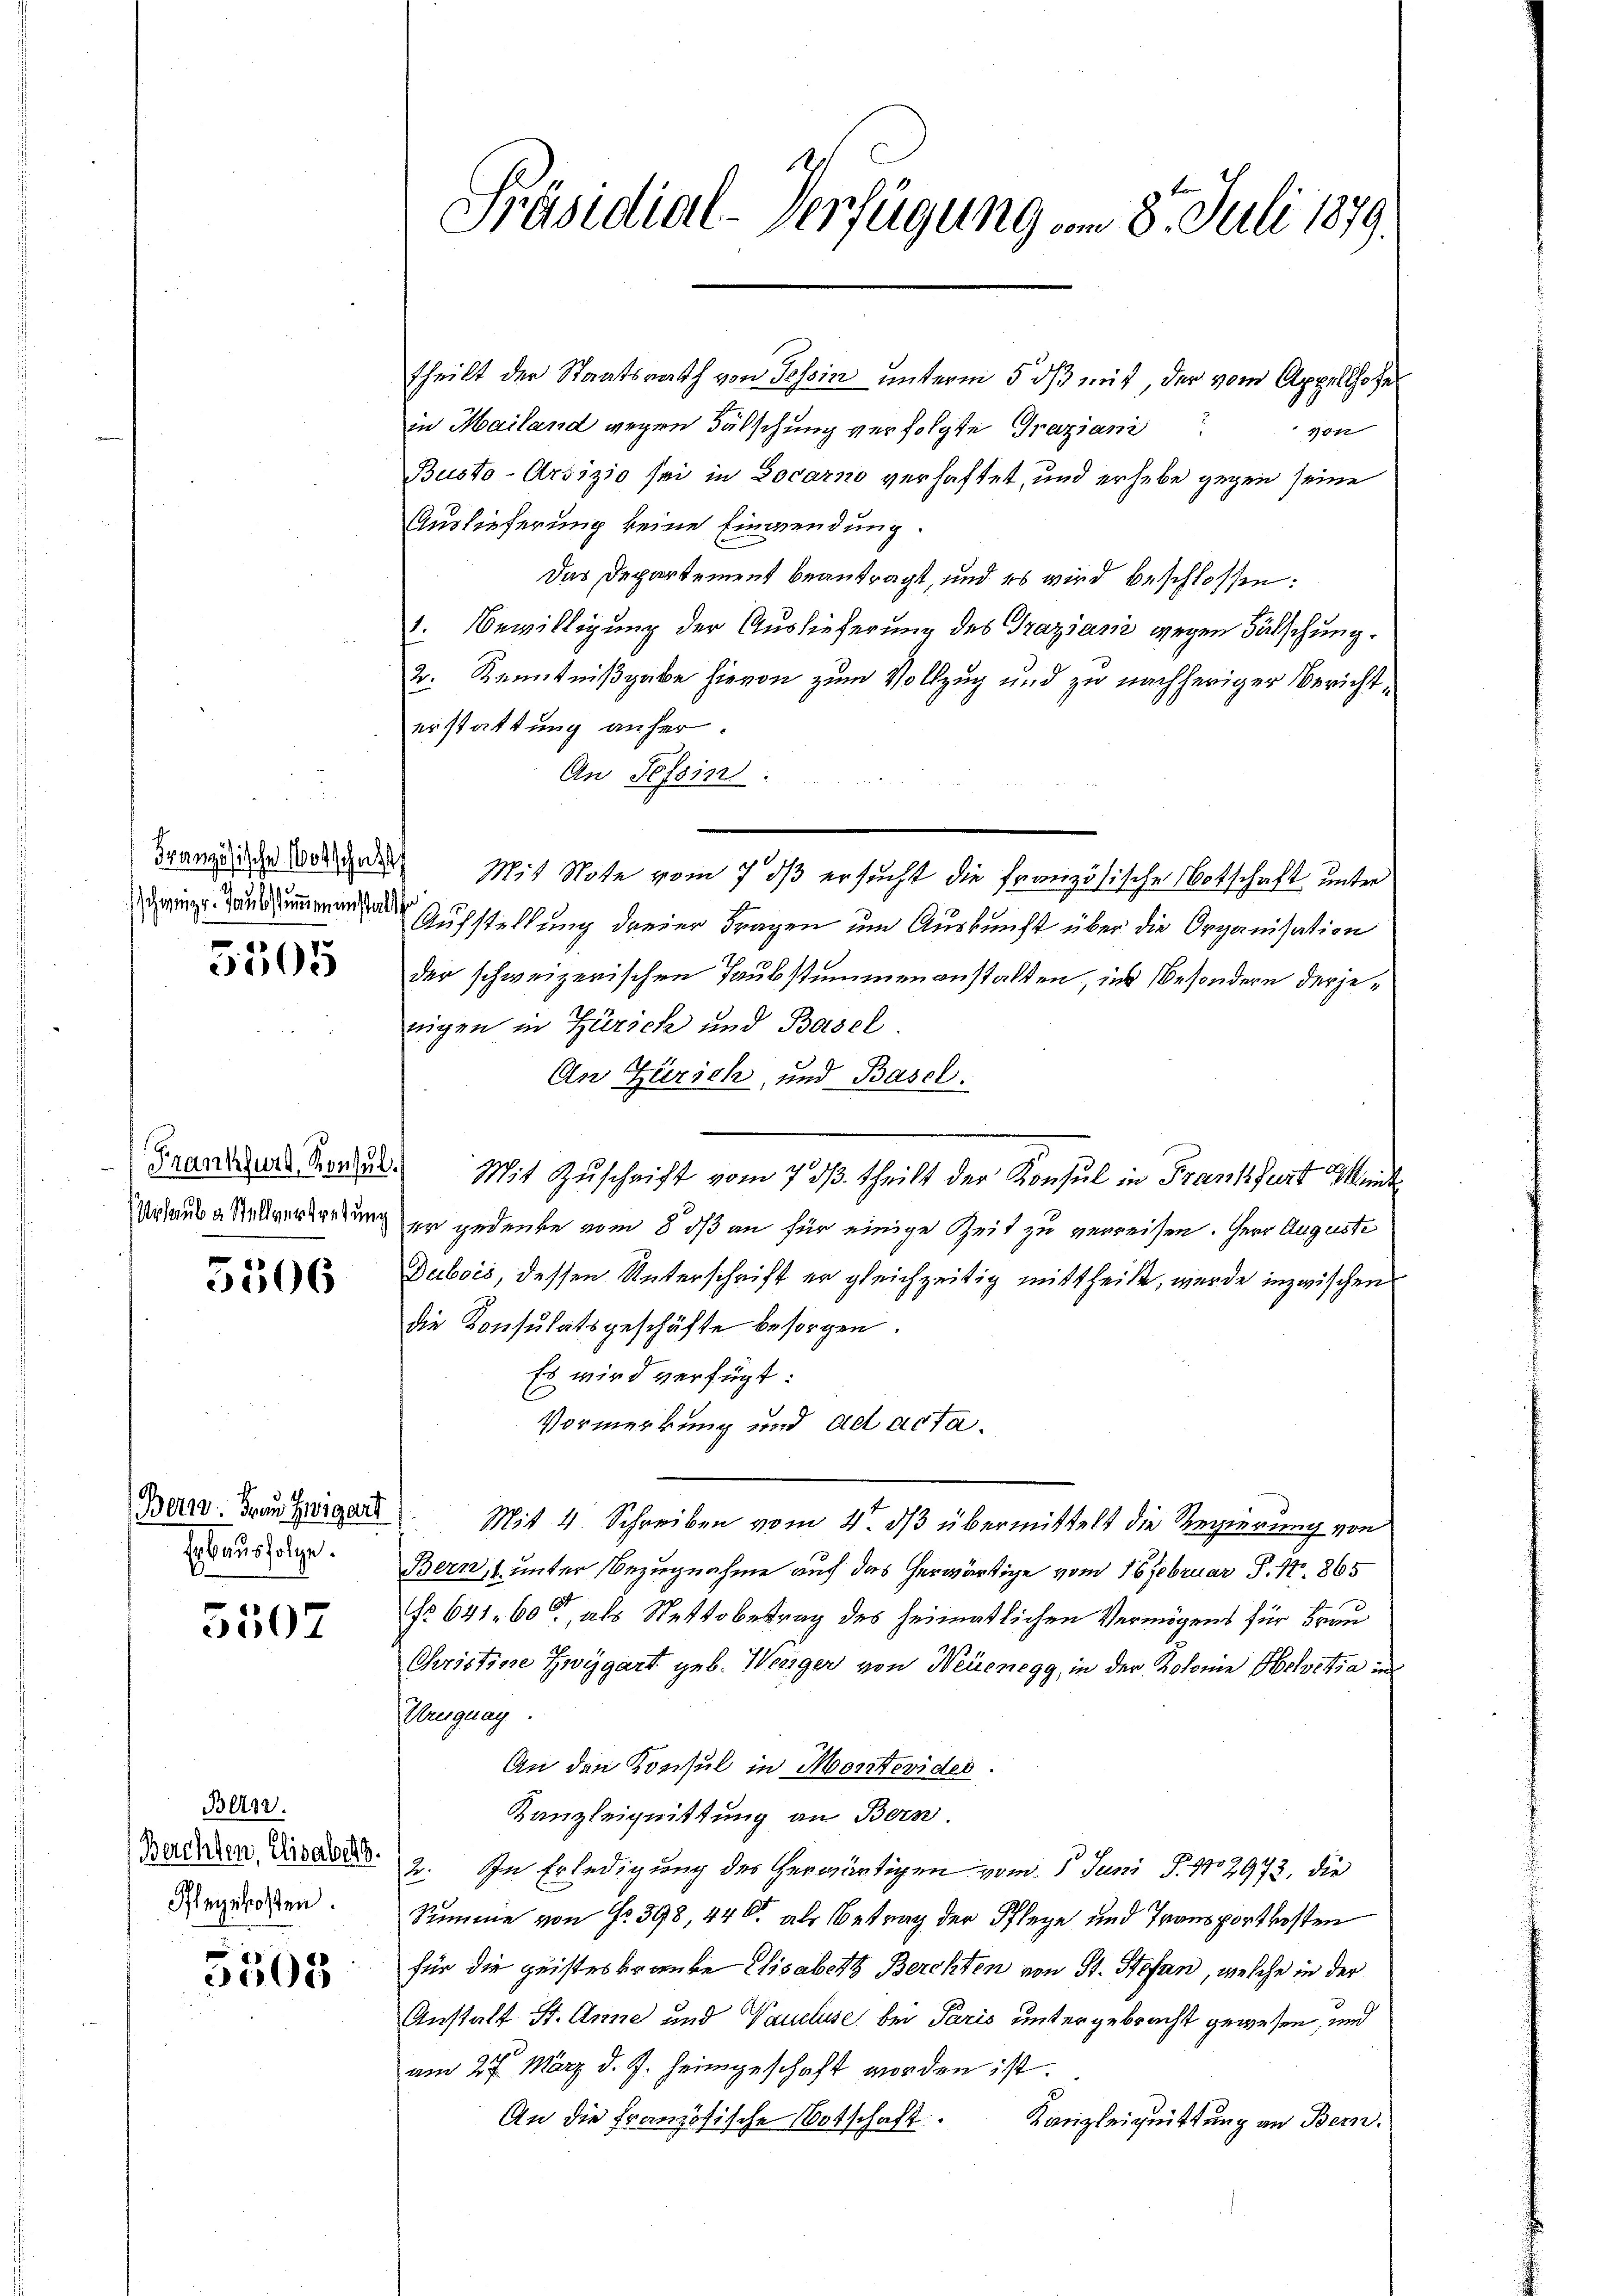
schweizer. Taubstummen anstalt

3505

Urlaub an Stellvertretung

5506

Bern. Frau Zwigart
Erbausfolge.

5507

Bern.
Berchten, Elisabeth
Pflegekosten.

5505

Präsidial-Verfügung am 8. Juli 1879.

theilt der Staatsrath von Tessin unterm 5. dβ mit, der vom Appellhofe
in Mailand wegen Fälschung verfolgte Graziani
10
Busto-Ursizio sei in Locarno verhaftet, und erhebe gegen seine
Auslieferung keine Einwendung.
Das Departement beantragt, und es wird beschlossen:
1. Bewilligung der Auslieferung des Grazsani wegen Fälschung.
2. Kenntnißgabe hievon zum Vollzug und zu nachheriger Berichterstattung anher.
An Tessin
Franz in der Mit Note vom 7. ds ersucht die französische Botschaft unter
Aufstellung dreier Fragen um Auskunft über die Organisation
der schweizerischen Taubstummenanstalten, ins Besondern derjenigen in Zürich und Basel.
An Zürich, und Basel.
Granizer Bern. Mit Zuschrift vom 7. dβ. theilt der Konsul in Frankfurt Mund
er gedenke vom 8 dß an für einige Zeit zu verreisen. Herr Auguste
Dubois, dessen Unterschrift er gleichzeitig mittheilt, wurde inzwischen
die Konsulatsgeschäfte besorgen.
Es wird verfügt:
Vormerkung und ad acta.
Mit 4. Schreiben vom 4. ds übermittelt die Regierung von
Bern, unter Bezugnahme auf das herwärtige vom 16 Februar P. Nr. 865
No 641. 60, als Nettobetrag des heimatlichen Vermögens für Frau
Christine Zwygart geb. Wenger von Neuenegg, in der Kolonie Helvetia in
Kruguag.
An den Konsul in Montevider.
Kanzleignittung an Bern.
2. In Erledigung des herwärtigen vom 5. Juni S. 112973, die
Summe von Fr. 398, 440 als Betrag der Pflege und Transportkosten
für die geisteskranke Visabeth Berchten von St. Stefan, welche in der
Anstalt St. Anne und Vaucluse bei Paris untergebracht gewesen, und
am 27. März d. J. heimgeschaft worden ist.
Kanzleiquittung an Bern.
An die französische Botschaft